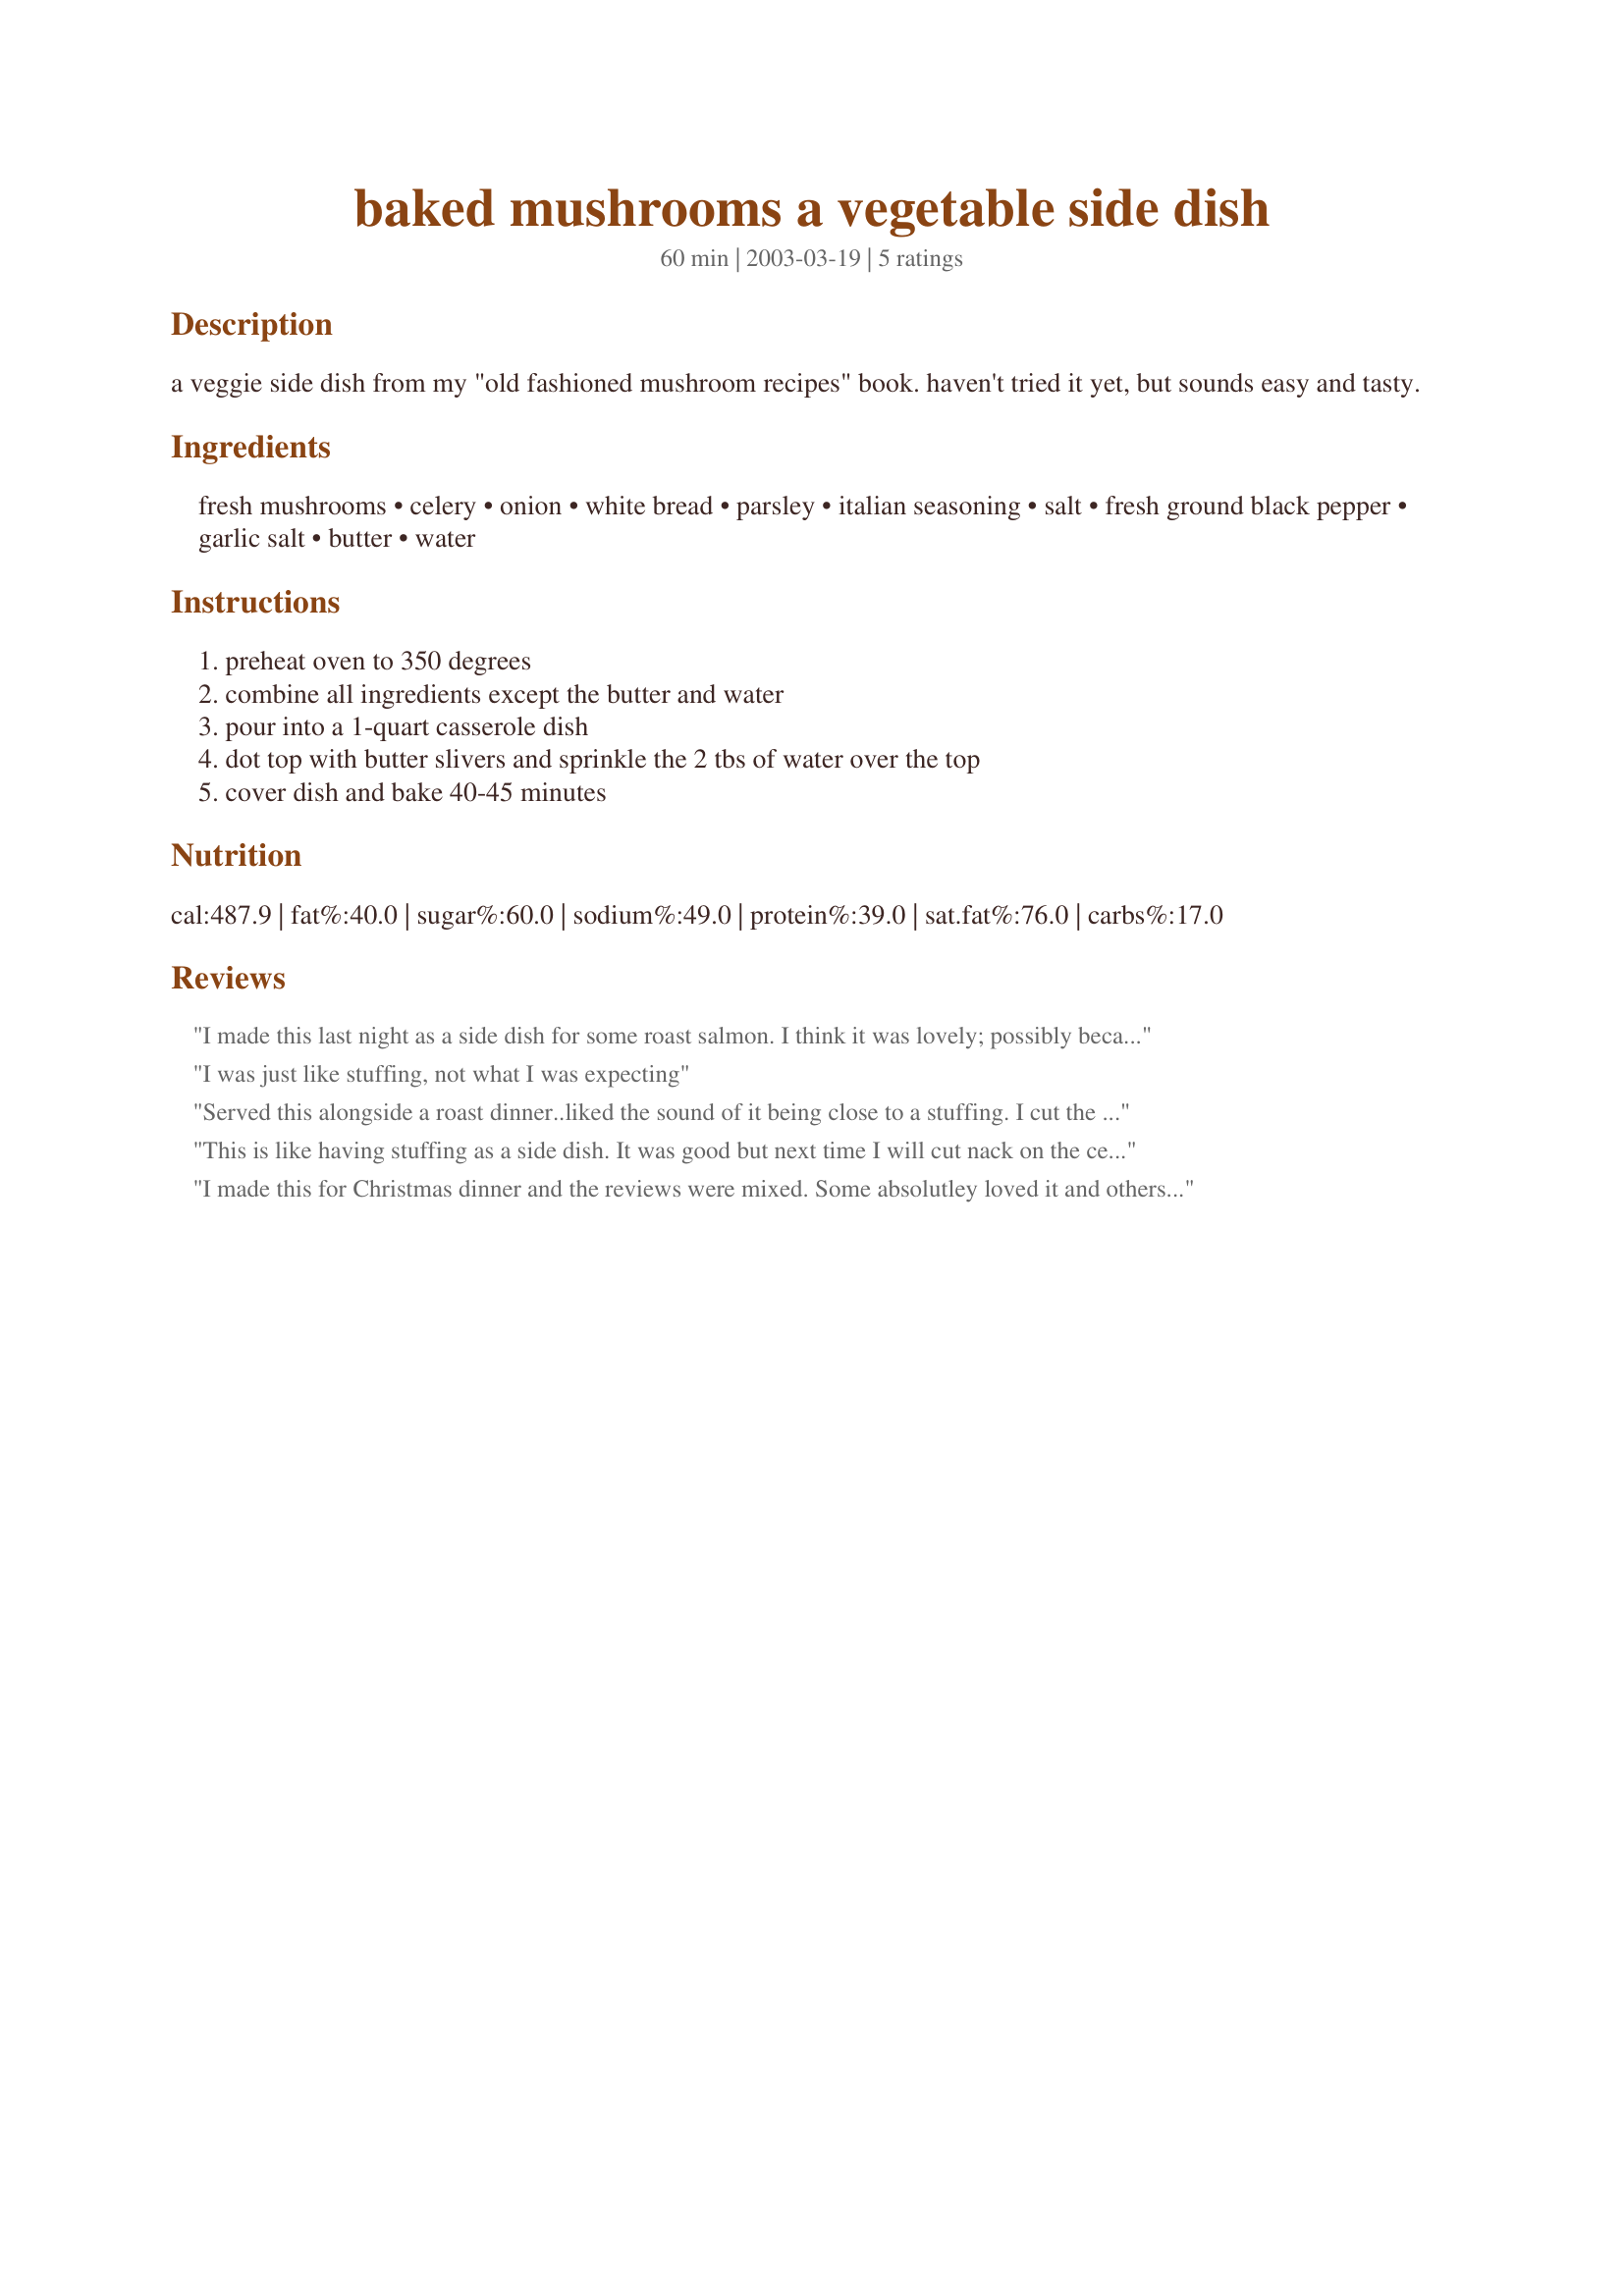
baked mushrooms a vegetable side dish
Preparation time: 60 minutes

a veggie side dish from my "old fashioned mushroom recipes" book. haven't tried it yet, but sounds easy and tasty.

Ingredients:
fresh mushrooms, celery, onion, white bread, parsley, italian seasoning, salt, fresh ground black pepper, garlic salt, butter, water

Steps:
preheat oven to 350 degrees, combine all ingredients except the butter and water, pour into a 1-quart casserole dish, dot top with butter slivers and sprinkle the 2 tbs of water over the top, cover dish and bake 40-45 minutes

Reviews:
I made this last night as a side dish for some roast salmon. I think it was lovely; possibly because I really like mushrooms and can tolerate celery if it&#039;s disguised in something else. Unlike the others, I don&#039;t think it&#039;s anything like stuffing; there&#039;s nowhere near enough bread for it to be confused with stuffing.&lt;br/&gt;&lt;br/&gt;I&#039;ve actually renamed it a dish for all seasons because I tasted it before I put it into the oven and it was so yummy raw that I thought adding some nice, coloured tomatoes and a little bit of dressing if you chose, would convert it to a really nice salad. So, a multitasking dish. Thank you ReeLani. I&#039;ll be making this again and encourage you to do so too.&lt;br/&gt;&lt;br/&gt;Kind regards&lt;br/&gt;Russian Black
I was just like stuffing, not what I was expecting
Served this alongside a roast dinner..liked the sound of it being close to a stuffing. I cut the celery amount to 1/4 cup and also the onion.
Enjoyed by all.
 This is like having stuffing as a side dish. It was good but next time I will cut nack on the celery - I like celery but it took over the entire flavor of the dish and you lost the tasts of the the mushrooms. Be interesting what you think ReeLani when you make it Thanks for the recipe
I made this for Christmas dinner and the reviews were mixed. Some absolutley loved it and others said it was okay. I thought it was pretty good. It tasted a lot like stuffing. Thanks for sharing.
